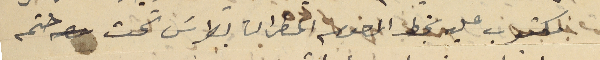
مكتوب عليه بخط المرحوم المطران بطرسَ تحت ختمه